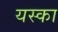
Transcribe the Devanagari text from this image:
यस्का